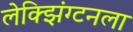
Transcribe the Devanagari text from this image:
लेक्झिंग्टनला